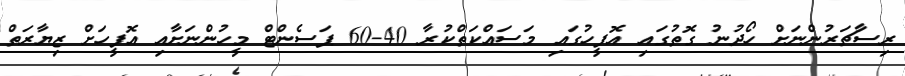
ރިސާޗަރުންނަށް ހޯދުނު ގޮތުގައި އޮފީހުގައި މަސައްކަތްކުރާ 40-60 ޕަސެންޓް މީހުންނަށާއި އޮފީހަށް ޒިޔާރަތް